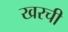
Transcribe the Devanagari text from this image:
खरची